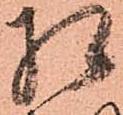
相